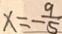
x = - \frac { 9 } { 5 }